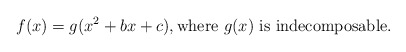
\begin{align*}f(x)=g(x^2+bx+c), \textnormal{where}\ g(x) \ \textnormal{is indecomposable}.\end{align*}